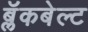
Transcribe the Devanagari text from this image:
ब्लॅकबेल्ट